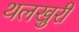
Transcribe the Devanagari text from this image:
थलखुरी